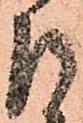
左